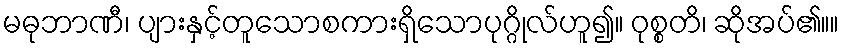
မဓုဘာဏီ၊ ပျားနှင့်တူသောစကားရှိသောပုဂ္ဂိုလ်ဟူ၍။ ဝုစ္စတိ၊ ဆိုအပ်၏။။